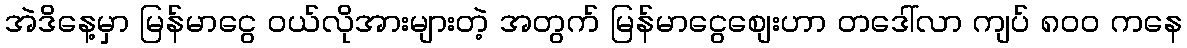
အဲဒိနေ့မှာ မြန်မာငွေ ဝယ်လိုအားများတဲ့ အတွက် မြန်မာငွေစျေးဟာ တဒေါ်လာ ကျပ် ၈၀၀ ကနေ